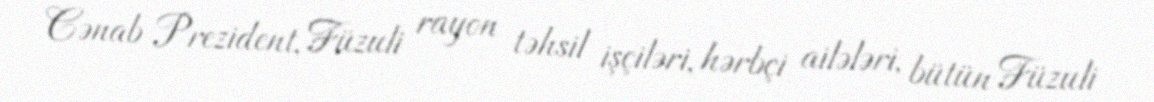
Cənab Prezident, Füzuli rayon təhsil işçiləri, hərbçi ailələri, bütün Füzuli